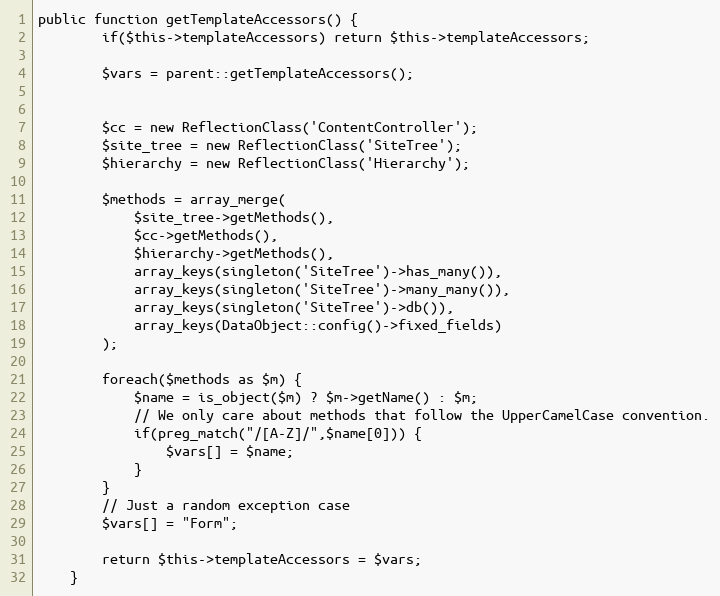
Language: PHP
public function getTemplateAccessors() {
		if($this->templateAccessors) return $this->templateAccessors;

		$vars = parent::getTemplateAccessors();

		$cc = new ReflectionClass('ContentController');
		$site_tree = new ReflectionClass('SiteTree');
		$hierarchy = new ReflectionClass('Hierarchy');

		$methods = array_merge(
			$site_tree->getMethods(),
			$cc->getMethods(),
			$hierarchy->getMethods(),
			array_keys(singleton('SiteTree')->has_many()),
			array_keys(singleton('SiteTree')->many_many()),
			array_keys(singleton('SiteTree')->db()),
			array_keys(DataObject::config()->fixed_fields)
		);

		foreach($methods as $m) {
			$name = is_object($m) ? $m->getName() : $m;
			// We only care about methods that follow the UpperCamelCase convention.
			if(preg_match("/[A-Z]/",$name[0])) {
				$vars[] = $name;
			}
		}
		// Just a random exception case
		$vars[] = "Form";

		return $this->templateAccessors = $vars;
	}